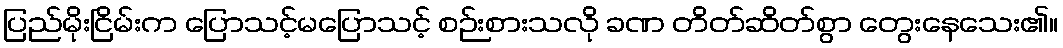
ပြည်မိုးငြိမ်းက ပြောသင့်မပြောသင့် စဉ်းစားသလို ခဏ တိတ်ဆိတ်စွာ တွေးနေသေး၏။